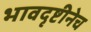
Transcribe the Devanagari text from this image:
भावदृष्टीनेच